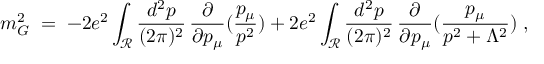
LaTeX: m _ { G } ^ { 2 } \; = \; - 2 e ^ { 2 } \int _ { { \mathcal R } } \frac { d ^ { 2 } p } { ( 2 \pi ) ^ { 2 } } \, \frac { \partial } { \partial p _ { \mu } } ( \frac { p _ { \mu } } { p ^ { 2 } } ) + 2 e ^ { 2 } \int _ { { \mathcal R } } \frac { d ^ { 2 } p } { ( 2 \pi ) ^ { 2 } } \, \frac { \partial } { \partial p _ { \mu } } ( \frac { p _ { \mu } } { p ^ { 2 } + \Lambda ^ { 2 } } ) \; ,